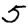
Digit: 5